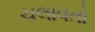
ચલાવતો